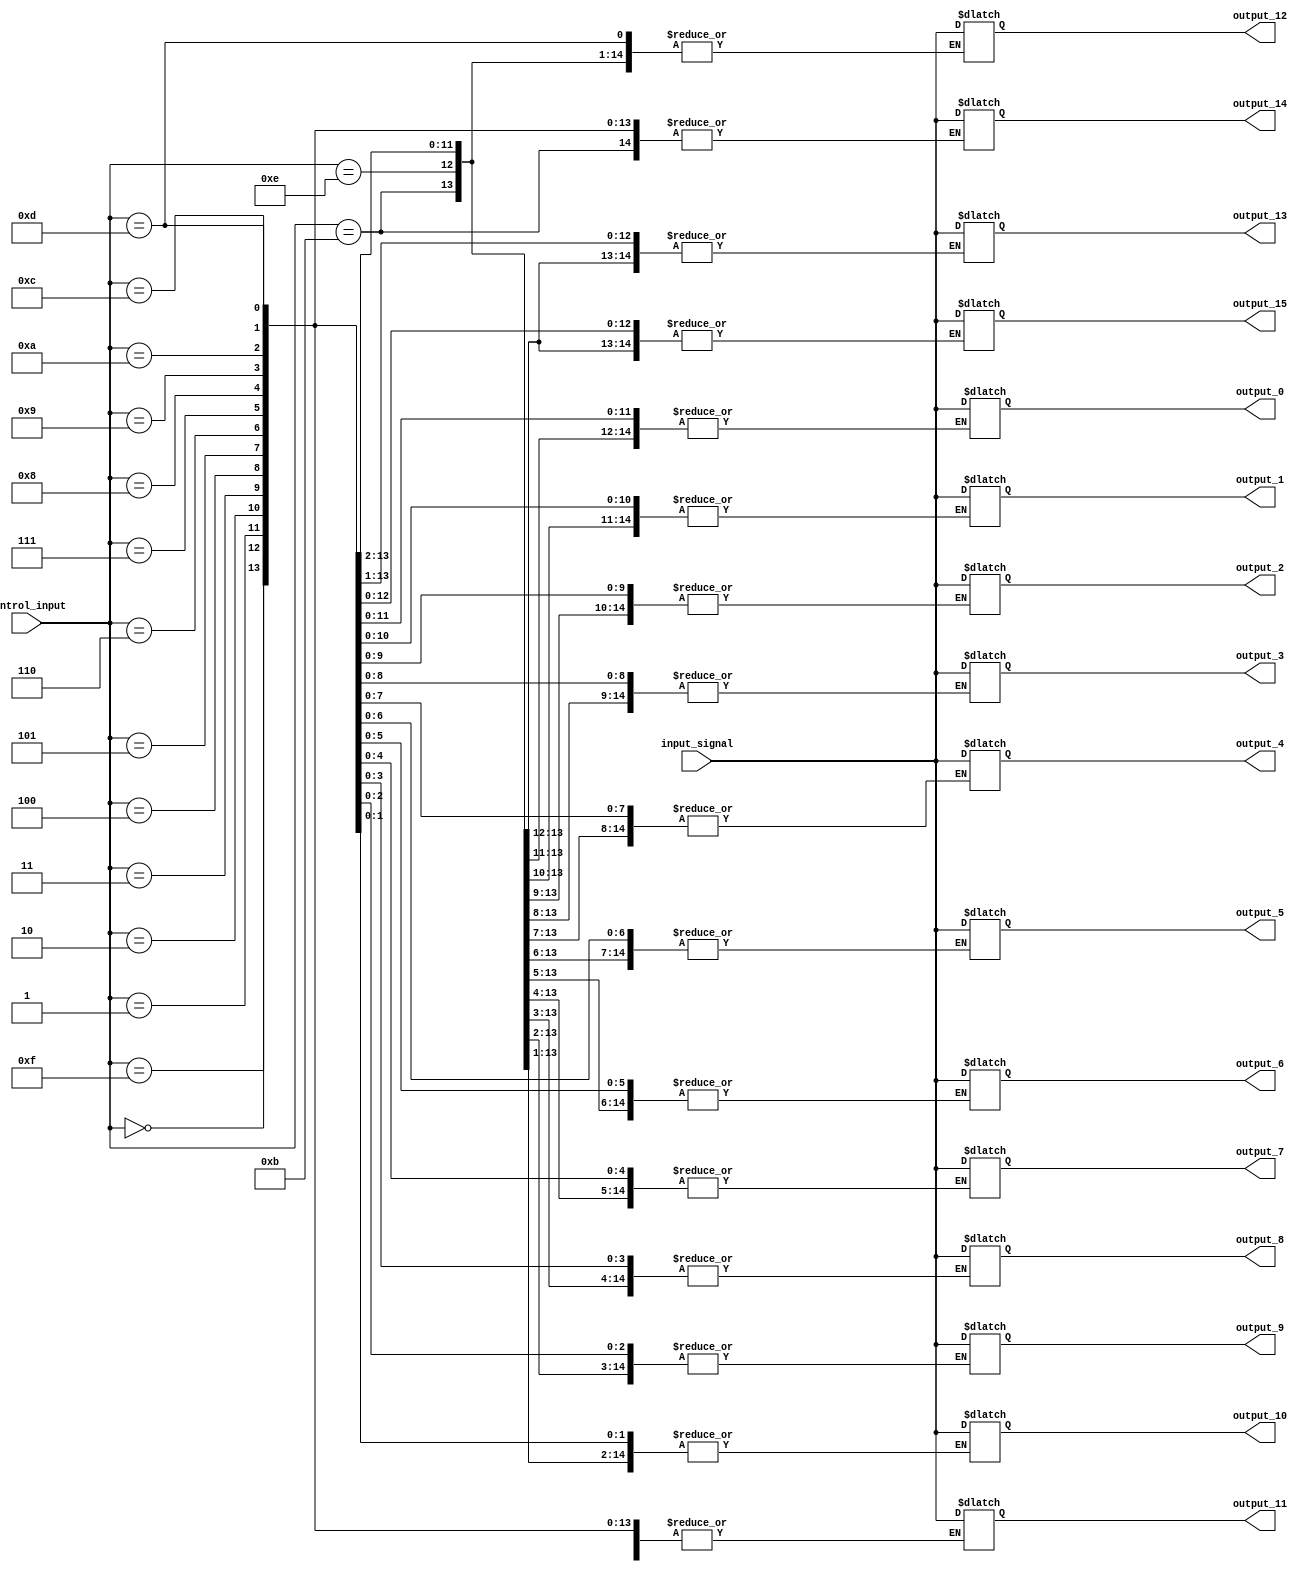
module demux_1to16(
    input wire input_signal,
    input wire [3:0] control_input,
    output reg output_0,
    output reg output_1,
    output reg output_2,
    output reg output_3,
    output reg output_4,
    output reg output_5,
    output reg output_6,
    output reg output_7,
    output reg output_8,
    output reg output_9,
    output reg output_10,
    output reg output_11,
    output reg output_12,
    output reg output_13,
    output reg output_14,
    output reg output_15
);

always @(*)
begin
    case(control_input)
        4'b0000: begin
            output_0 = input_signal;
        end
        4'b0001: begin
            output_1 = input_signal;
        end
        4'b0010: begin
            output_2 = input_signal;
        end
        4'b0011: begin
            output_3 = input_signal;
        end
        4'b0100: begin
            output_4 = input_signal;
        end
        4'b0101: begin
            output_5 = input_signal;
        end
        4'b0110: begin
            output_6 = input_signal;
        end
        4'b0111: begin
            output_7 = input_signal;
        end
        4'b1000: begin
            output_8 = input_signal;
        end
        4'b1001: begin
            output_9 = input_signal;
        end
        4'b1010: begin
            output_10 = input_signal;
        end
        4'b1011: begin
            output_11 = input_signal;
        end
        4'b1100: begin
            output_12 = input_signal;
        end
        4'b1101: begin
            output_13 = input_signal;
        end
        4'b1110: begin
            output_14 = input_signal;
        end
        4'b1111: begin
            output_15 = input_signal;
        end
        default: begin
            output_0 = 0;
            output_1 = 0;
            output_2 = 0;
            output_3 = 0;
            output_4 = 0;
            output_5 = 0;
            output_6 = 0;
            output_7 = 0;
            output_8 = 0;
            output_9 = 0;
            output_10 = 0;
            output_11 = 0;
            output_12 = 0;
            output_13 = 0;
            output_14 = 0;
            output_15 = 0;
        end
    endcase
end

endmodule